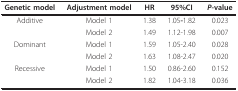
| Genetic model | Adjustment model | HR | 95%CI | P-value |
 | --- | --- | --- | --- | --- |
 | Additive | Model 1 | 1.38 | 1.05-1.82 | 0.023 |
 |  | Model 2 | 1.49 | 1.12-1.98 | 0.007 |
 | Dominant | Model 1 | 1.59 | 1.05-2.40 | 0.028 |
 |  | Model 2 | 1.63 | 1.08-2.47 | 0.020 |
 | Recessive | Model 1 | 1.50 | 0.86-2.60 | 0.152 |
 |  | Model 2 | 1.82 | 1.04-3.18 | 0.036 |